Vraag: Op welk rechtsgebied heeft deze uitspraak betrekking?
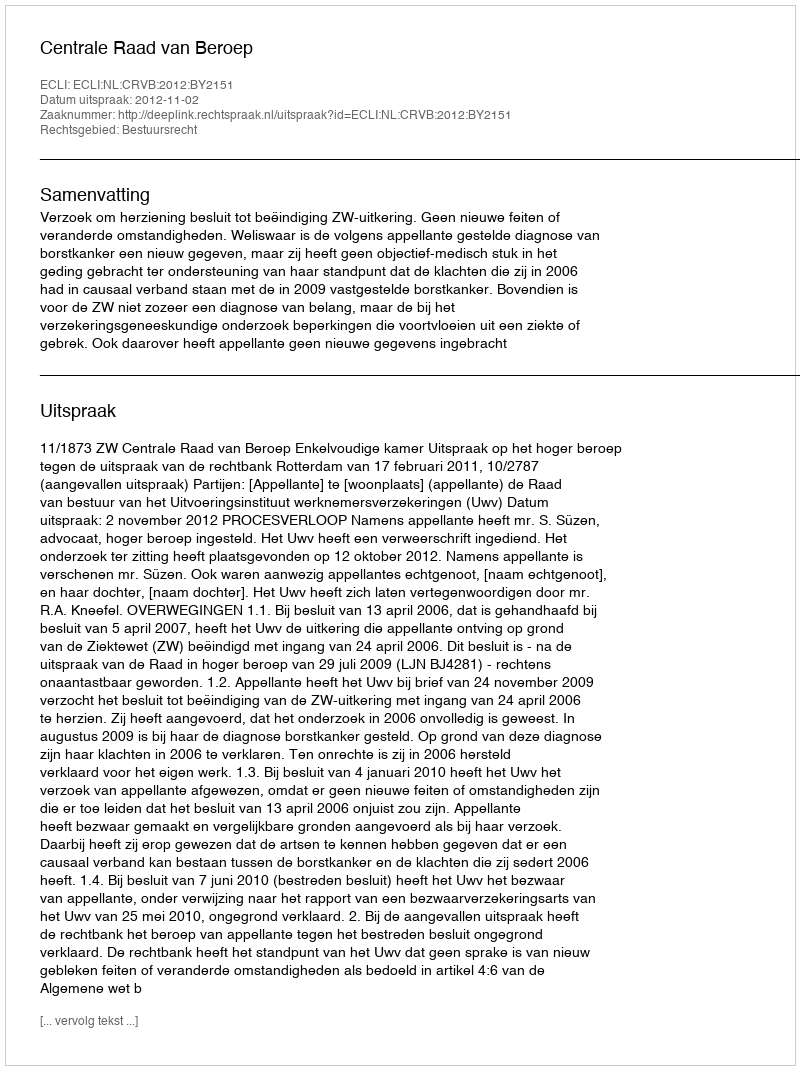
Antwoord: Bestuursrecht